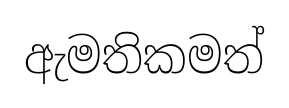
ඇමතිකමත්